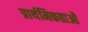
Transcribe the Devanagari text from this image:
प्रार्थमिकताओं